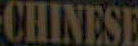
CHINESE